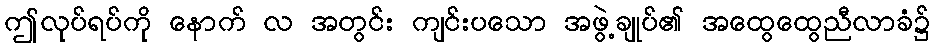
ဤလုပ်ရပ်ကို နောက် လ အတွင်း ကျင်းပသော အဖွဲ့ချုပ်၏ အထွေထွေညီလာခံ၌